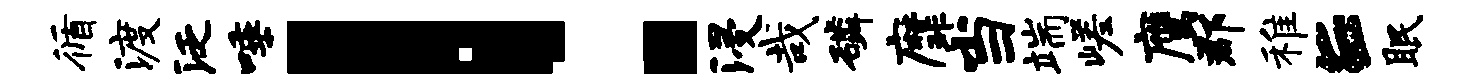
循渡泛唾！浸哉磷縻当端嵯鹰郡稚E眠